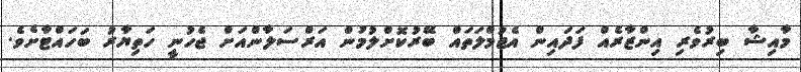
މާއިޝާ ބިރުވެރި އިންޒާރެއް ފަދައިން އެޖުމްލަތައް ބޭރުކޮށްލުމުން އަރްސަލާންއަށް ޖެހުނީ ހަތިޔާރު ބަހައްޓާށެވެ.